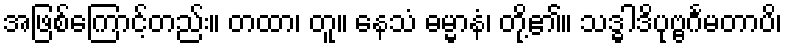
အဖြစ်ကြောင့်တည်း။ တထာ၊ တူ။ နေသံ ဓမ္မာနံ၊ တို့၏။ သဒ္ဓါဒိပုဗ္ဗင်္ဂမတာပိ၊